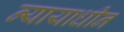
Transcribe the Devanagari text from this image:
न्यायाधीन